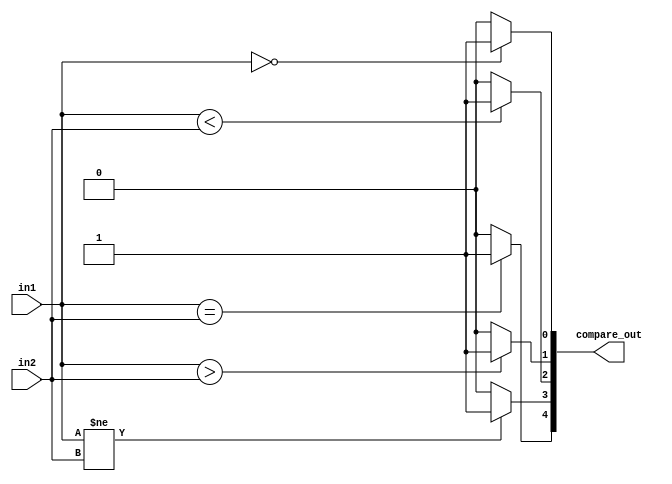
module REG_compare(compare_out, in1, in2);
        //comparator(compare_wire, alu_in1, alu_in2);

    output  [4:0]   compare_out;
    input   [31:0]  in1, in2;

    assign compare_out[4] = (in1 == in2)? 1'b1 : 1'b0;  //equality
    assign compare_out[3] = (in1 != in2)? 1'b1 : 1'b0;  //non-equality
    assign compare_out[2] = (in1 < in2)? 1'b1 : 1'b0;   //LT
    assign compare_out[1] = (in1 > in2)? 1'b1 : 1'b0;   //GT
    assign compare_out[0] = (in1 == 0)? 1'b1 : 1'b0;    //Zero

endmodule